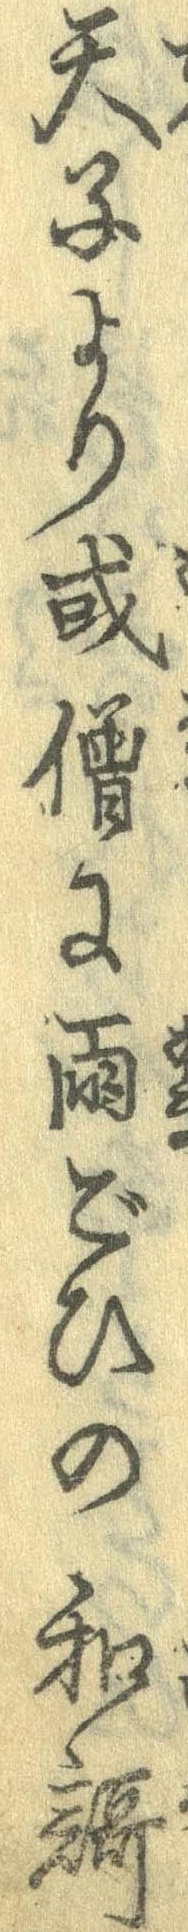
天子より或僧に雨ごひの和歌